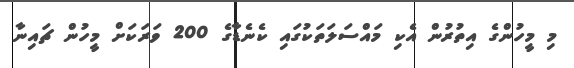
މި މީހުންގެ އިތުރުން އެކި މައްސަލަތަކުގައި ކެނެޑާގެ 200 ވަރަކަށް މީހުން ޗައިނާ